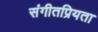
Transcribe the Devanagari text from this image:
संगीतप्रियता